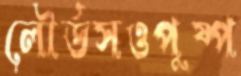
লৌর্ডসওপুষ্প